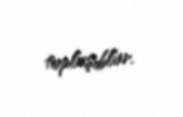
toplaşıblar.